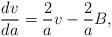
LaTeX: \begin{align*}\frac{dv}{da} = \frac2{a} v - \frac2{a} B, \end{align*}